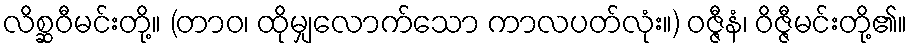
လိစ္ဆဝီမင်းတို့။ (တာဝ၊ ထိုမျှလောက်သော ကာလပတ်လုံး။) ဝဇ္ဇီနံ၊ ဝိဇ္ဇီမင်းတို့၏။